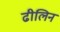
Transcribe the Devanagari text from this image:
ढीलिन